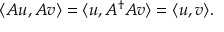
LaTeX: \langle A u , A v \rangle = \langle u , A ^ { \dagger } A v \rangle = \langle u , v \rangle .